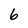
Character: 6